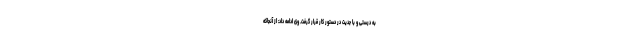
به درستی و با جدیت در دستور کار قرار گرفت. وی ادامه داد: از آنجاکه